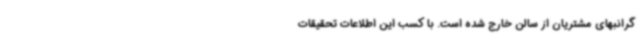
گرانبهای مشتریان از سالن خارج شده است. با کسب این اطلاعات تحقیقات